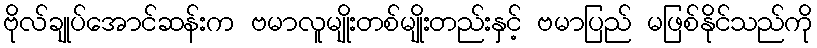
ဗိုလ်ချုပ်အောင်ဆန်းက ဗမာလူမျိုးတစ်မျိုးတည်းနှင့် ဗမာပြည် မဖြစ်နိုင်သည်ကို